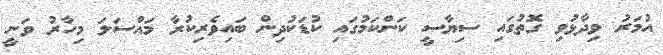
އުމަރު ވިދާޅުވި ގޮތުގައި ސިޔާސީ ކަންކަމުގައި ކުޑަކުދިން ބައިވެރިކުރާ މައްސަލަ މިހާރު ވަނީ